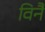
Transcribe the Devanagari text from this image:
विनै